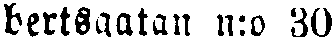
bertsgatan n:o 30